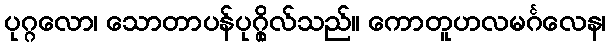
ပုဂ္ဂလော၊ သောတာပန်ပုဂ္ဂိုလ်သည်။ ကောတူဟလမင်္ဂလေန၊